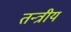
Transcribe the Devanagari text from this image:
तन्त्रीय